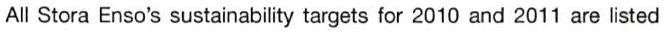
All Stora Enso's sustainability targets for 2010 and 2011 are listed